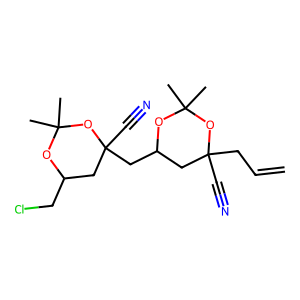
SMILES: C=CCC1(C#N)CC(CC2(C#N)CC(CCl)OC(C)(C)O2)OC(C)(C)O1
Inhibits HIV replication: No